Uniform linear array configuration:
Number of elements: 16
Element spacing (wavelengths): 1
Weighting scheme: cosine
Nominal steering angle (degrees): -45
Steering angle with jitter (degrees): -45.66
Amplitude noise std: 0.05
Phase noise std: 0.05

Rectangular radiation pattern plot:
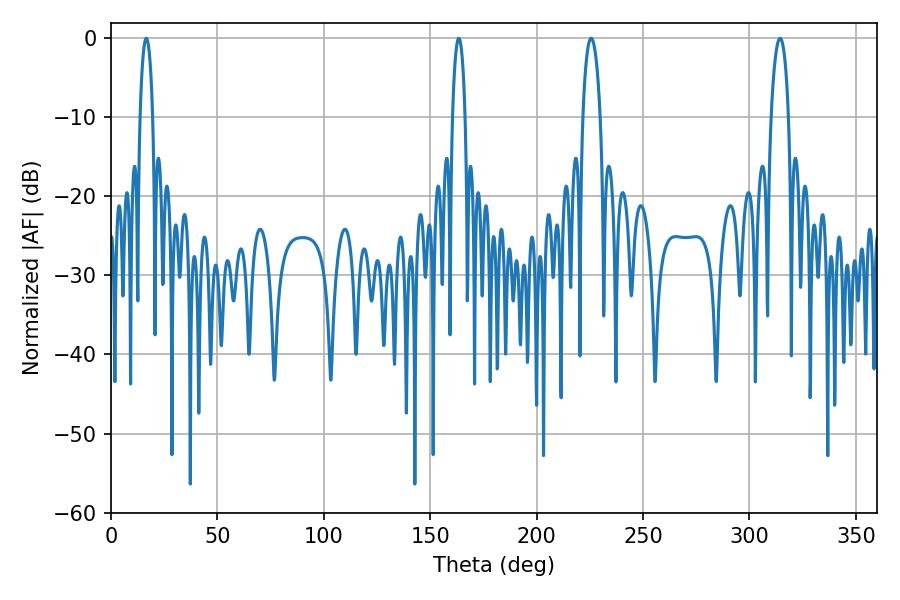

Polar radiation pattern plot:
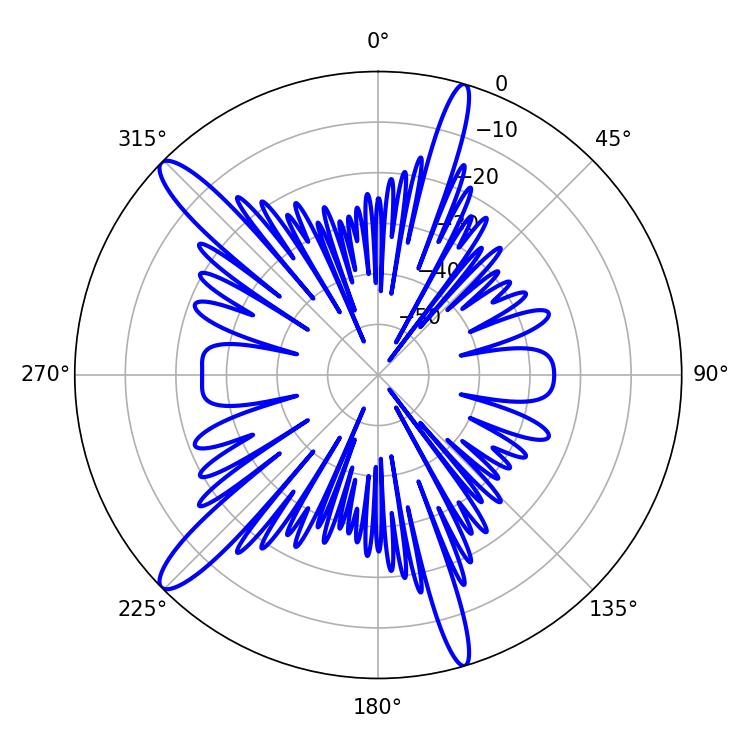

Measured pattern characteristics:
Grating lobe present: TRUE
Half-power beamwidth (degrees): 3.24
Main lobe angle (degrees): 16.56